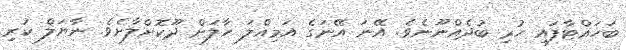
ބަހައްޓާފައި ހުރި ބުދެއްނޫނެވެ. އޭނަ އޭނަގެ އަމިއްލަ ހާލަށް ދޫކޮށްލާށެވެ. ނާޔަލް ކުރި